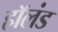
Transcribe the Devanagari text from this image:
हाॅलंड